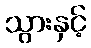
သွားနှင့်